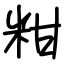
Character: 粓